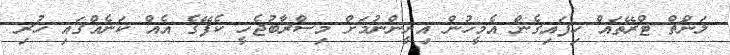
ލަންޗް ޓްރޭތައް ހިފައިގެން އެމީހުން އިށީންނުމަށް މިސްރާބުޖެހީ ކެފޭގެ އެއް ކަނެއްގައި ހުރި